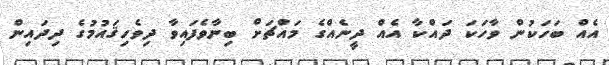
އެއް ބަހަކުން ވާހަކަ ދައްކާ އެއް ދީނެއްގެ މައްޗަށް ބިނާވެފައިވާ ދިވެހިޤައުމުގެ ދިދައިން